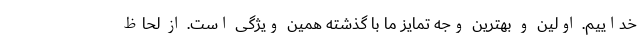
خداییم. اوّلین و بهترین وجه تمایز ما با گذشته همین ویژگی است. از لحاظ